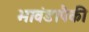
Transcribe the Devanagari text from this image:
भावंडापैकी